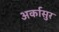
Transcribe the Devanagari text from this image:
अर्कासुर